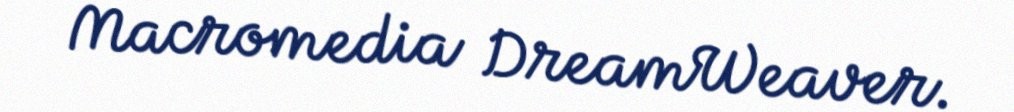
Macromedia DreamWeaver.